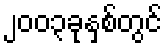
၂၀၀၃ခုနှစ်တွင်